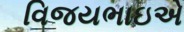
વિજયભાઇએ